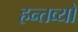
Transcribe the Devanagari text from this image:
हन्तव्यो